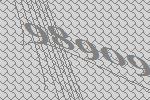
98909